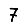
Digit: 7